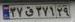
۳۷ق۳۷۱۲۹